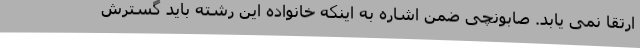
ارتقا نمی یابد. صابونچی ضمن اشاره به اینکه خانواده این رشته باید گسترش